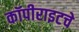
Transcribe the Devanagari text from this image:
कॉपीराइटचे